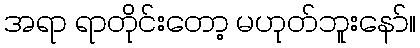
အရာ ရာတိုင်းတော့ မဟုတ်ဘူးနော်။